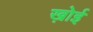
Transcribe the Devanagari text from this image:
ख़ोई